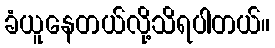
ခံယူနေတယ်လို့သိရပါတယ်။